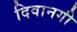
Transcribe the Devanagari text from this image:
दिवानगी